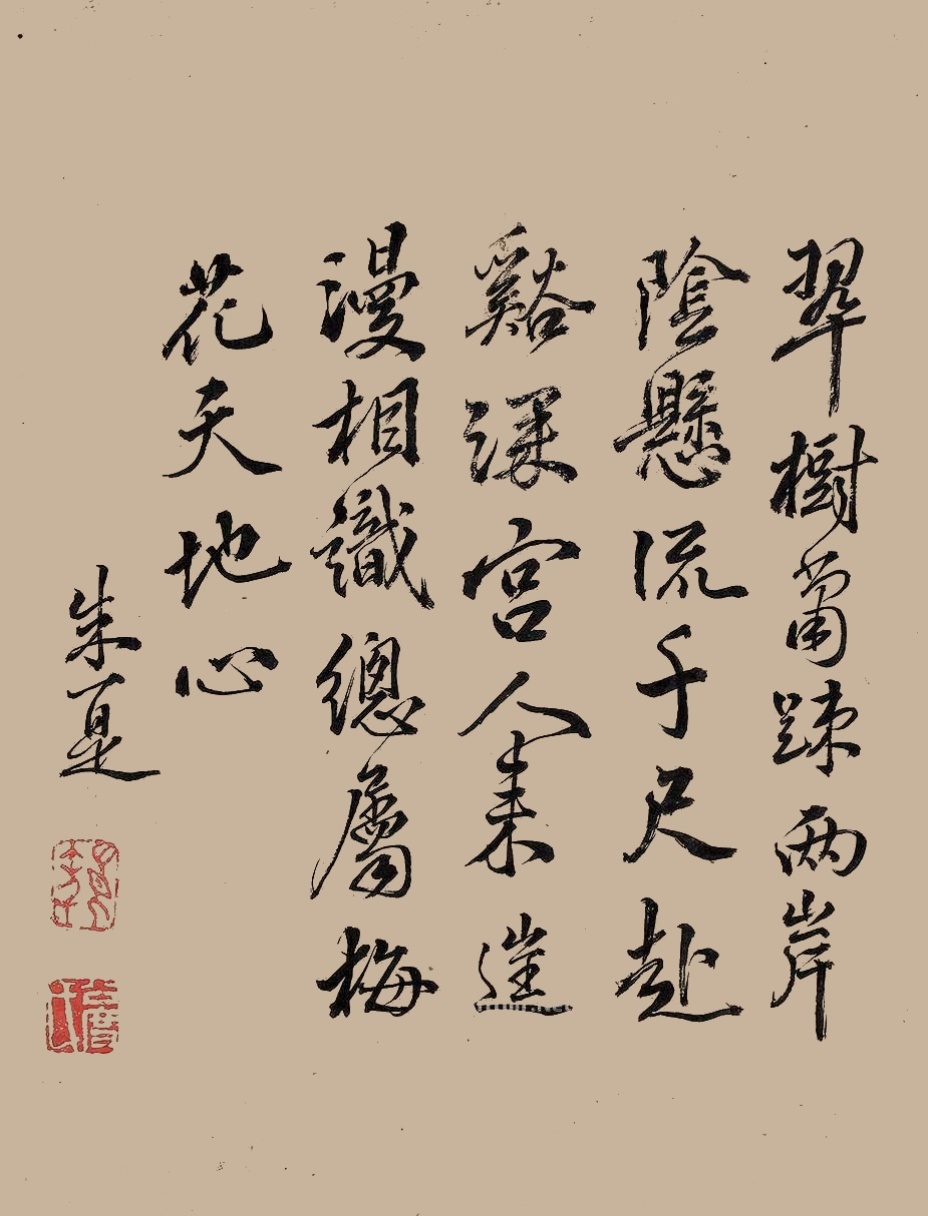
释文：翠树萧疏两岸阴，悬流千尺赴溪深，宫人来往漫相识，总属梅花天地心。朱一是。